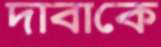
দাবাকে